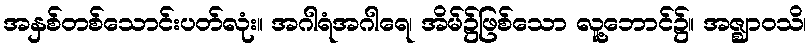
အနှစ်တစ်သောင်းပတ်လုံး။ အဂါရံအဂါရေ၊ အိမ်၌ဖြစ်သော လူ့ဘောင်၌။ အဇ္ဈာဝသိ၊